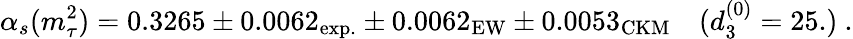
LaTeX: \alpha_{s}(m_{\tau}^{2})=0.3265\pm 0.0062_{\mathrm{exp.}}\pm 0.0062_{\mathrm{EW}}\pm 0.0053_{\mathrm{CKM}}\quad(d_{3}^{(0)}=25.)\ .